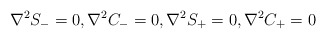
\begin{align*}\begin{aligned}\nabla^2 S_-=0 , \nabla^2 C_-=0, \nabla^2 S_+=0, \nabla^2 C_+=0\end{aligned}\end{align*}